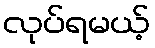
လုပ်ရမယ့်